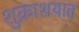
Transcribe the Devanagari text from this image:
शुक्राशयात